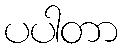
ပပါတာ